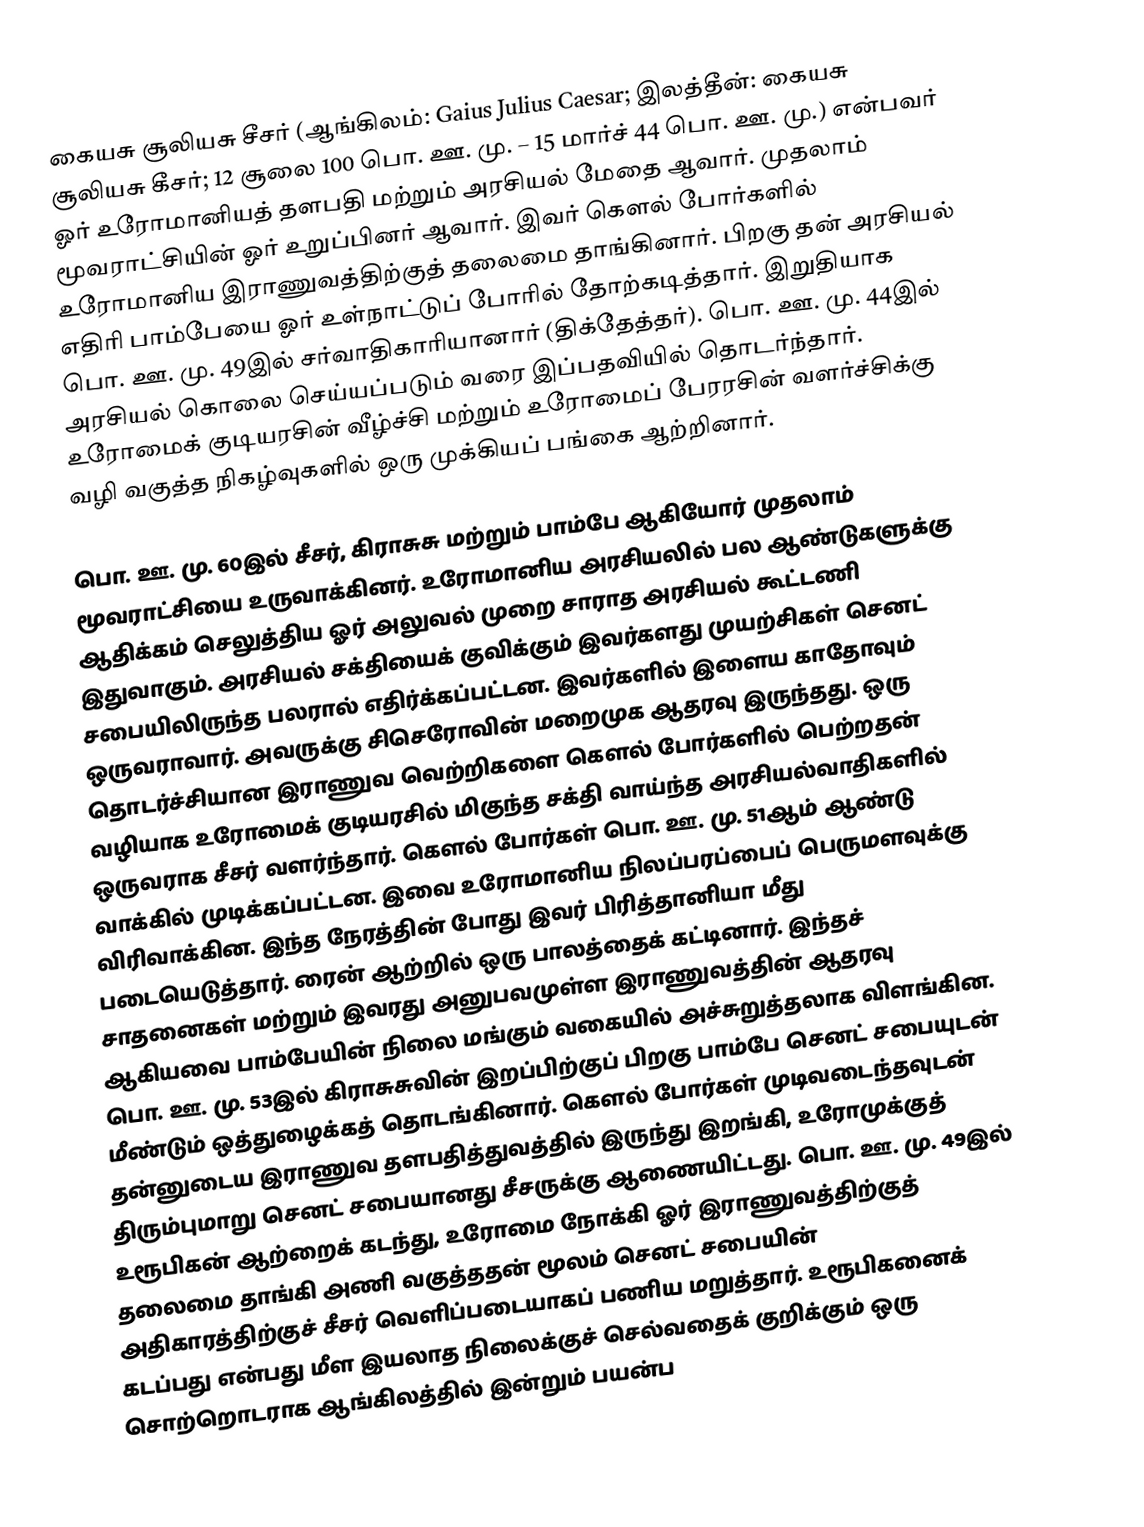
கையசு சூலியசு சீசர் (ஆங்கிலம்: Gaius Julius Caesar; இலத்தீன்: கையசு சூலியசு கீசர்; 12 சூலை 100 பொ. ஊ. மு. – 15 மார்ச் 44 பொ. ஊ. மு.) என்பவர் ஓர் உரோமானியத் தளபதி மற்றும் அரசியல் மேதை ஆவார். முதலாம் மூவராட்சியின் ஓர் உறுப்பினர் ஆவார். இவர் கௌல் போர்களில் உரோமானிய இராணுவத்திற்குத் தலைமை தாங்கினார். பிறகு தன் அரசியல் எதிரி பாம்பேயை ஓர் உள்நாட்டுப் போரில் தோற்கடித்தார். இறுதியாக பொ. ஊ. மு. 49இல் சர்வாதிகாரியானார் (திக்தேத்தர்). பொ. ஊ. மு. 44இல் அரசியல் கொலை செய்யப்படும் வரை இப்பதவியில் தொடர்ந்தார். உரோமைக் குடியரசின் வீழ்ச்சி மற்றும் உரோமைப் பேரரசின் வளர்ச்சிக்கு வழி வகுத்த நிகழ்வுகளில் ஒரு முக்கியப் பங்கை ஆற்றினார்.

பொ. ஊ. மு. 60இல் சீசர், கிராசுசு மற்றும் பாம்பே ஆகியோர் முதலாம் மூவராட்சியை உருவாக்கினர். உரோமானிய அரசியலில் பல ஆண்டுகளுக்கு ஆதிக்கம் செலுத்திய ஓர் அலுவல் முறை சாராத அரசியல் கூட்டணி இதுவாகும். அரசியல் சக்தியைக் குவிக்கும் இவர்களது முயற்சிகள் செனட் சபையிலிருந்த பலரால் எதிர்க்கப்பட்டன. இவர்களில் இளைய காதோவும் ஒருவராவார். அவருக்கு சிசெரோவின் மறைமுக ஆதரவு இருந்தது. ஒரு தொடர்ச்சியான இராணுவ வெற்றிகளை கௌல் போர்களில் பெற்றதன் வழியாக உரோமைக் குடியரசில் மிகுந்த சக்தி வாய்ந்த அரசியல்வாதிகளில் ஒருவராக சீசர் வளர்ந்தார். கௌல் போர்கள் பொ. ஊ. மு. 51ஆம் ஆண்டு வாக்கில் முடிக்கப்பட்டன. இவை உரோமானிய நிலப்பரப்பைப் பெருமளவுக்கு விரிவாக்கின. இந்த நேரத்தின் போது இவர் பிரித்தானியா மீது படையெடுத்தார். ரைன் ஆற்றில் ஒரு பாலத்தைக் கட்டினார். இந்தச் சாதனைகள் மற்றும் இவரது அனுபவமுள்ள இராணுவத்தின் ஆதரவு ஆகியவை பாம்பேயின் நிலை மங்கும் வகையில் அச்சுறுத்தலாக விளங்கின. பொ. ஊ. மு. 53இல் கிராசுசுவின் இறப்பிற்குப் பிறகு பாம்பே செனட் சபையுடன் மீண்டும் ஒத்துழைக்கத் தொடங்கினார். கௌல் போர்கள் முடிவடைந்தவுடன் தன்னுடைய இராணுவ தளபதித்துவத்தில் இருந்து இறங்கி, உரோமுக்குத் திரும்புமாறு செனட் சபையானது சீசருக்கு ஆணையிட்டது. பொ. ஊ. மு. 49இல் உரூபிகன் ஆற்றைக் கடந்து, உரோமை நோக்கி ஓர் இராணுவத்திற்குத் தலைமை தாங்கி அணி வகுத்ததன் மூலம் செனட் சபையின் அதிகாரத்திற்குச் சீசர் வெளிப்படையாகப் பணிய மறுத்தார். உரூபிகனைக் கடப்பது என்பது மீள இயலாத நிலைக்குச் செல்வதைக் குறிக்கும் ஒரு சொற்றொடராக ஆங்கிலத்தில் இன்றும் பயன்ப